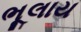
ભૂલાય